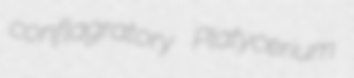
conflagratory Platycerium